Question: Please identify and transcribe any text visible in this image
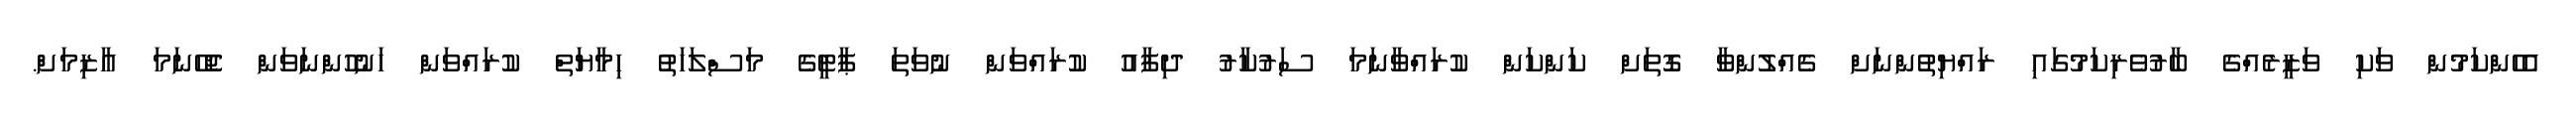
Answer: އެހެންކަމުން ވަކި ވަޒީރެއްގެ ބާރުވެރިކަމުގައި ރައްޔިތުންނަށް ގެއްލުންވާ ގޮތަށް ކަންކަން ކުރައްވާނަމަ ސަރުކާރު ދިފާއު ކުރައްވަން ނުވަތަ ޕާޓީގެ މަސްލަހަތު ހިމާޔަތް ކުރައްވަން ހަނުހުންނަވަން ޖެހޭނަމަ އާޒިމަށް.